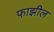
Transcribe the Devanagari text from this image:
फाझील